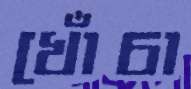
খোঁচা